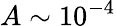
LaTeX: A\sim 10^{-4}